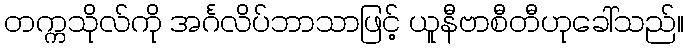
တက္ကသိုလ်ကို အင်္ဂလိပ်ဘာသာဖြင့် ယူနီဗာစီတီဟုခေါ်သည်။